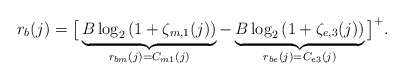
\begin{align*}r_{b}(j)=\big[\underbrace{B\log_{2}\left(1+\zeta_{m,1}(j)\right)}_{r_{bm}(j)=C_{m1}(j)}-&\underbrace{B\log_{2}\left(1+\zeta_{e,3}(j)\right)}_{r_{be}(j)=C_{e3}(j)}\big]^+.\end{align*}